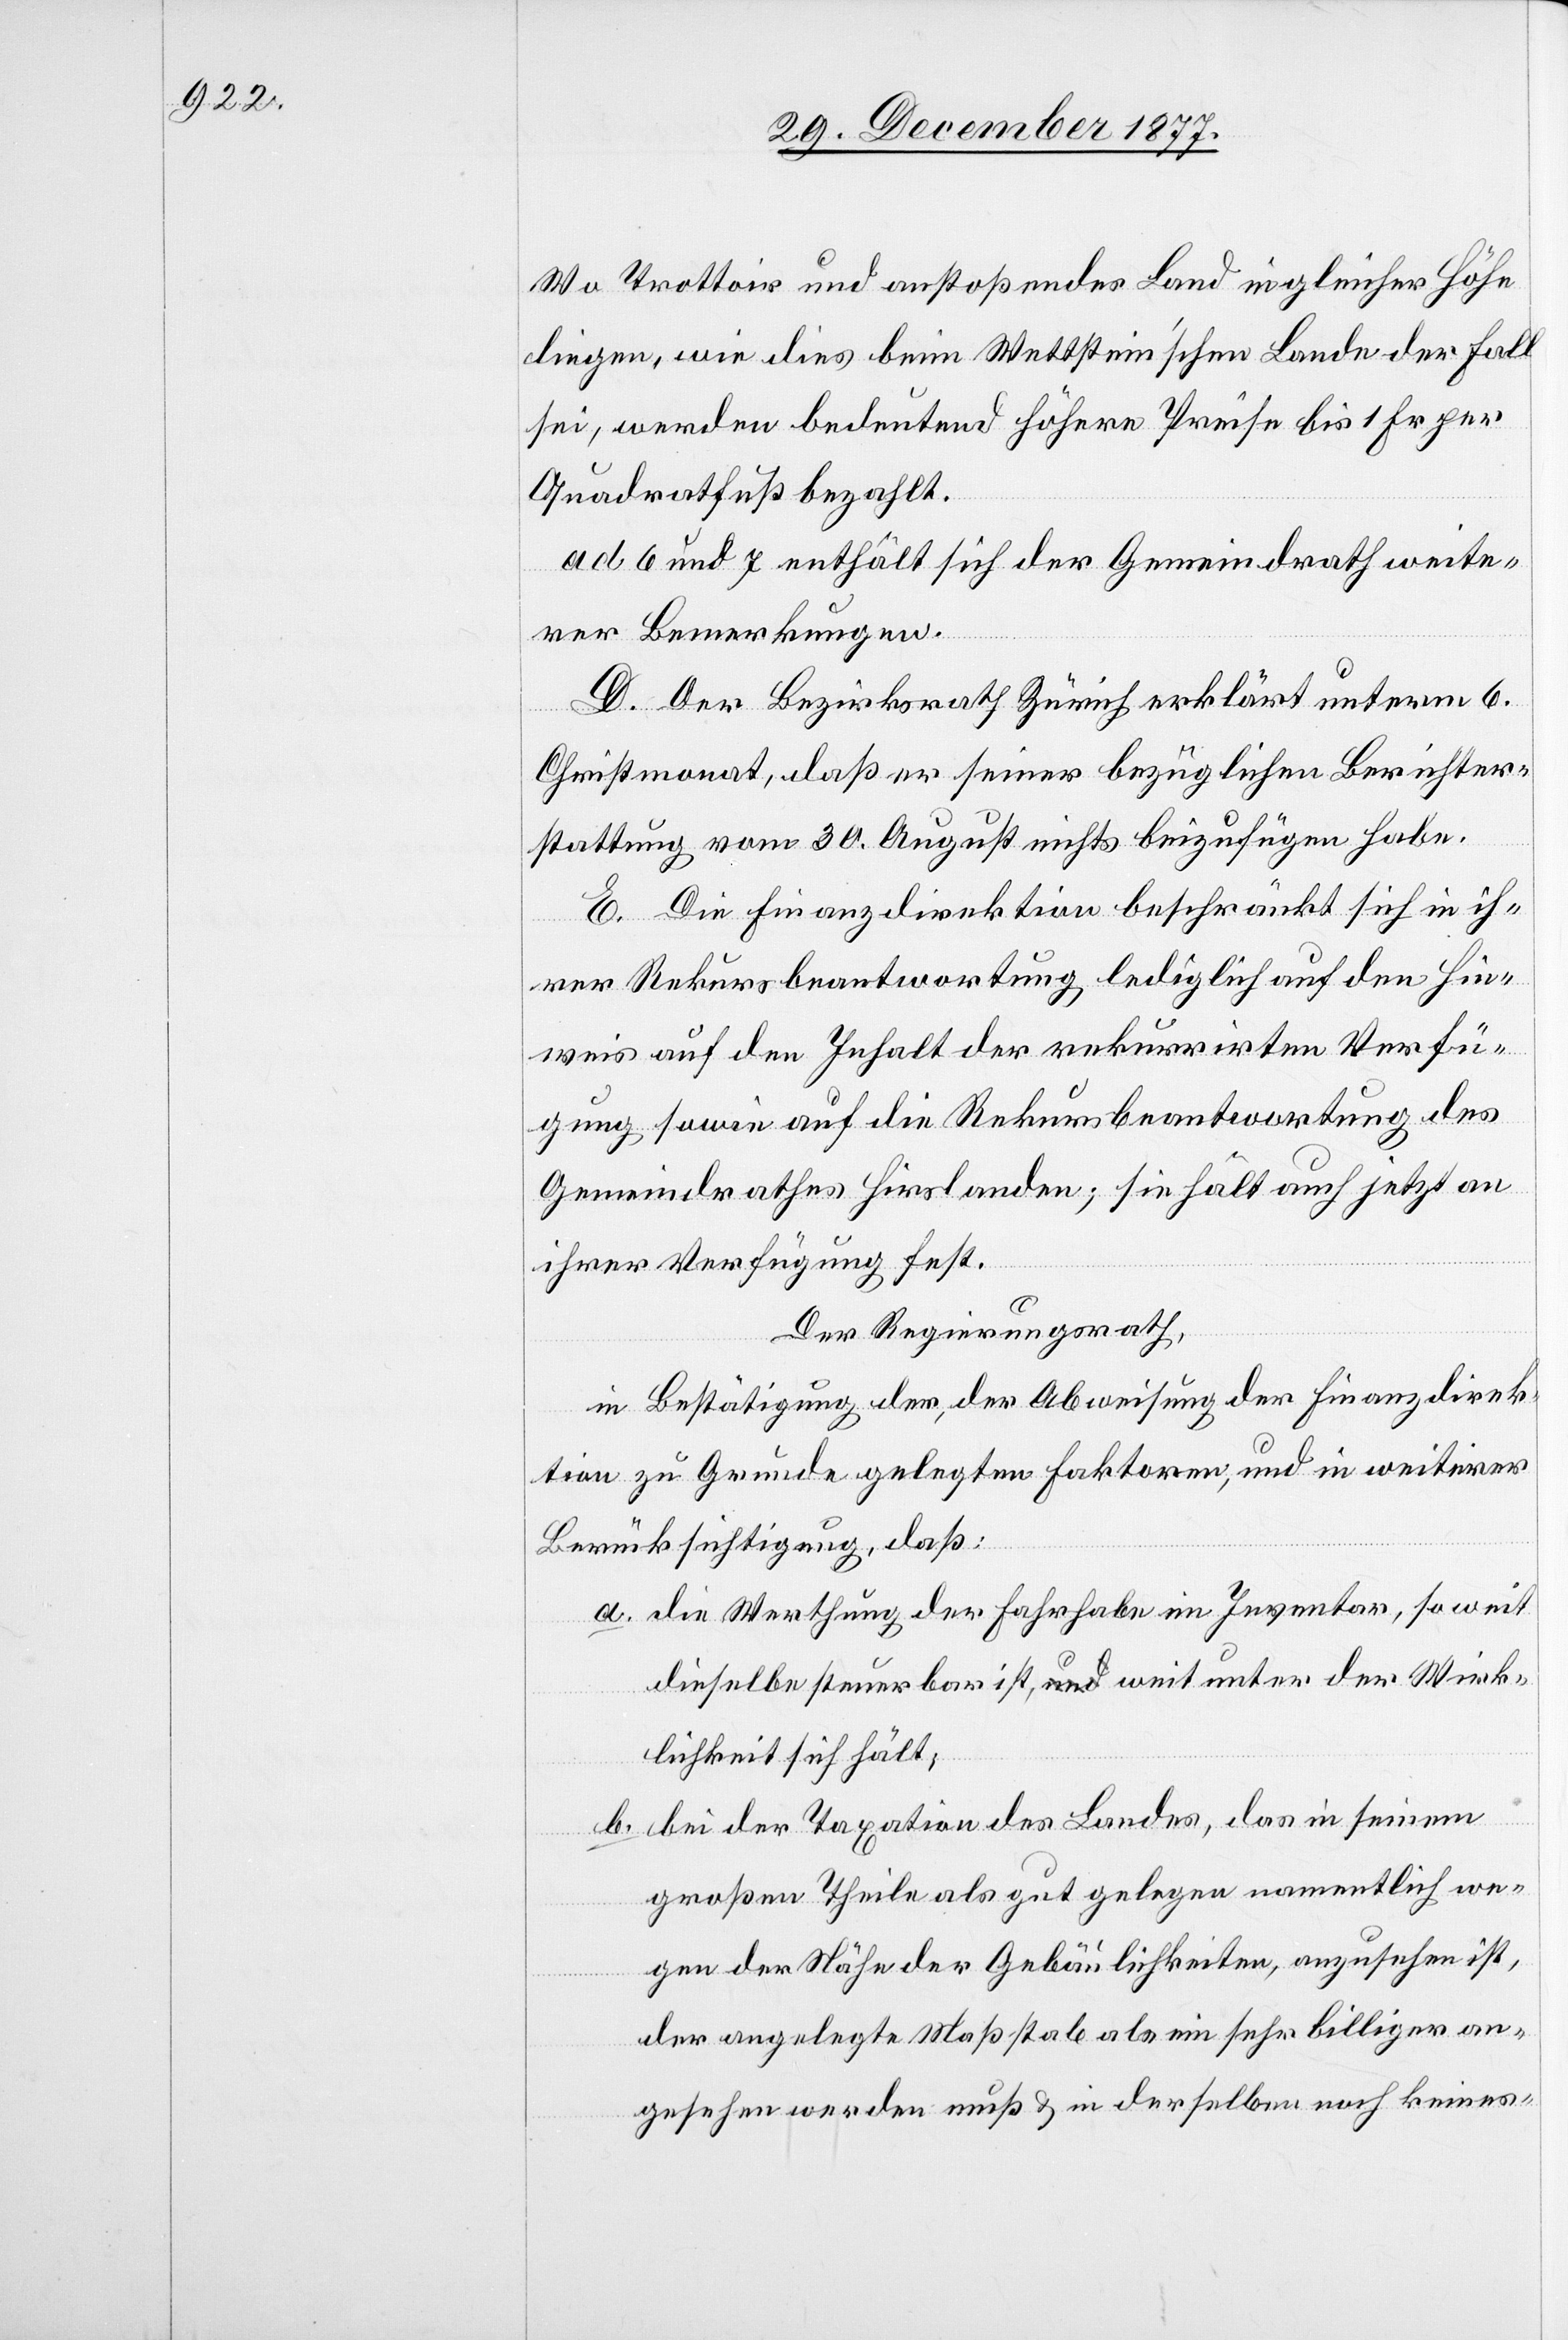
Wo Trottoir und anstoßendes Land in gleicher Höhe
liegen, wie dies beim Wettstein’schen Lande der Fall
sei, werden bedeutend höhere Preise bis 1 Fr. per
Quadratfuß bezahlt.
ad 6 und 7 enthält sich der Gemeindrath weite¬
rer Bemerkungen.
D. Der Bezirksrath Zürich erklärt unterm 6.
Christmonat, daß er seiner bezüglichen Berichter¬
stattung vom 30. August nichts beizufügen habe.
E. Die Finanzdirektion beschränkt sich in ih¬
rer Rekursbeantwortung lediglich auf den Hin¬
weis auf den Inhalt der rekurrirten Verfü¬
gung sowie auf die Rekursbeantwortung des
Gemeindrathes Hirslanden; sie hält auch jetzt an
ihrer Verfügung fest.
Der Regierungsrath,
in Bestätigung der, der Abweisung der Finanzdirek¬
tion zu Grunde gelegten Faktoren, und in weiterer
Berücksichtigung, daß:
die Werthung der Fahrhabe im Inventar, so weit
dieselbe steuerbar ist, weit unter der Wirk¬
lichkeit sich hält;
bei der Taxation des Landes, das in seinem
großen Theile als gut gelegen namentlich we¬
gen der Nähe der Gebäulichkeiten, anzusehen ist,
der angelegte Maßstab als ein sehr billiger an¬
gesehen werden muß & in derselben noch keines-